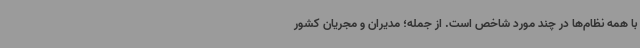
با همه نظام‌ها در چند مورد شاخص است. از جمله؛ مدیران و مجریان کشور